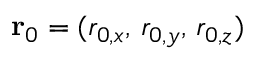
\mathbf { r } _ { 0 } = ( r _ { 0 , x } , \, r _ { 0 , y } , \, r _ { 0 , z } )